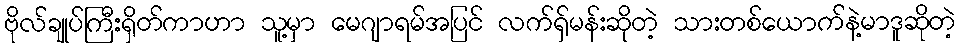
ဗိုလ်ချုပ်ကြီးရှိတ်ကာဟာ သူ့မှာ မေဂျာရမ်အပြင် လက်ရှ်မန်းဆိုတဲ့ သားတစ်ယောက်နဲ့မာဒူဆိုတဲ့